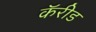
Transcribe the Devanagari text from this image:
कॅरीड